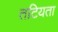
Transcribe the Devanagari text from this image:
तटियता